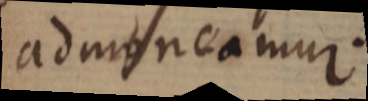
admoneamur.